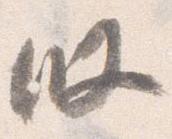
段